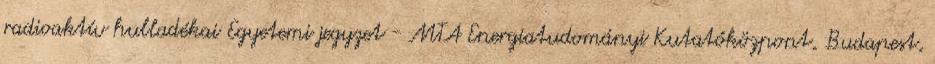
radioaktív hulladékai Egyetemi jegyzet - MTA Energiatudományi Kutatóközpont, Budapest,